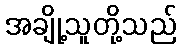
အချို့သူတို့သည်